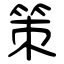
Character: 策